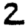
Digit: 2